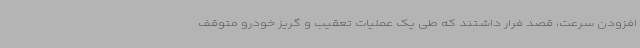
افزودن سرعت، قصد فرار داشتند که طی یک عملیات تعقیب و گریز خودرو متوقف